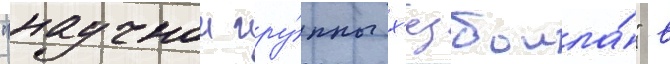
"научнои гру́ппы х'езболла́" в